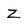
Character: Z